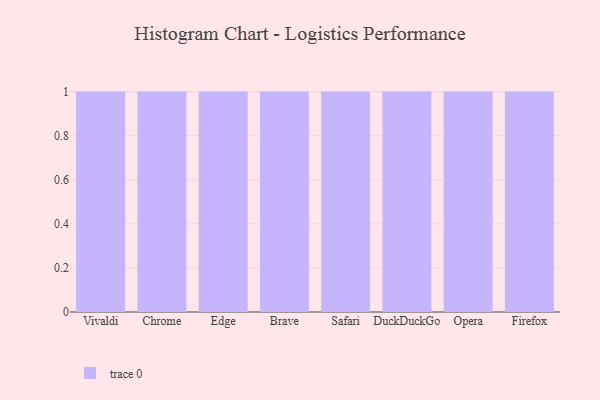
{"axis": {"x": "Browser", "y": "Temperature (°C)"}, "legend": [""], "data": [{"x": "Vivaldi", "y": 5, "type": ""}, {"x": "Chrome", "y": 41, "type": ""}, {"x": "Edge", "y": 12, "type": ""}, {"x": "Brave", "y": 88, "type": ""}, {"x": "Safari", "y": 52, "type": ""}, {"x": "DuckDuckGo", "y": 44, "type": ""}, {"x": "Opera", "y": 88, "type": ""}, {"x": "Firefox", "y": 15, "type": ""}]}